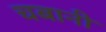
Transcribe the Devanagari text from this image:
चबानी